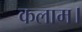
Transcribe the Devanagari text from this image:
कलाम।